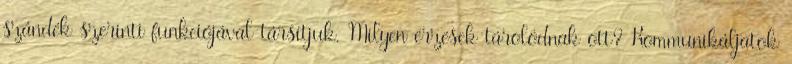
szándék szerinti funkciójával társítjuk. Milyen érzések tárolódnak ott? Kommunikáljatok